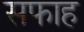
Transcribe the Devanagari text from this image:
सफाह